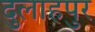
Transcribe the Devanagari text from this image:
दुलाहपुर